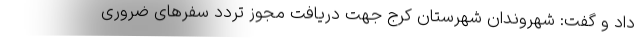
داد و گفت: شهروندان شهرستان کرج جهت دریافت مجوز تردد سفرهای ضروری